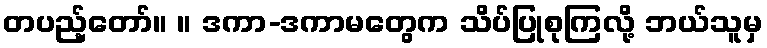
တပည့်တော်။ ။ ဒကာ-ဒကာမတွေက သိပ်ပြုစုကြလို့ ဘယ်သူမှ